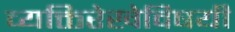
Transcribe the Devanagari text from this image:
व्यक्तिरेखेविषयी